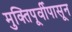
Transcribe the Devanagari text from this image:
मुक्तिपूर्वीपासून